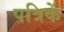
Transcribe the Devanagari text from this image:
पत्रिकें